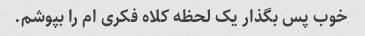
خوب پس بگذار یک لحظه کلاه فکری ام را بپوشم.